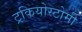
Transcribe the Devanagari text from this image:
ट्रकियोस्टोमी